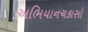
અભિયાનચકાસો